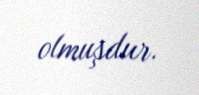
olmuşdur.